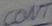
Text: CONT